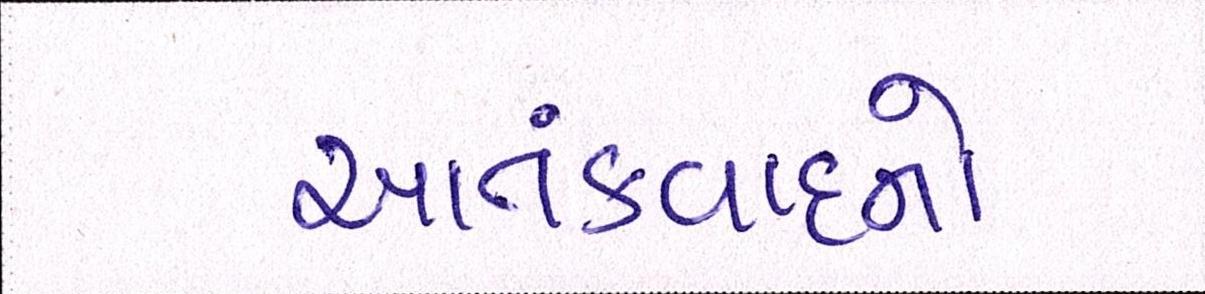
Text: આતંકવાદનો